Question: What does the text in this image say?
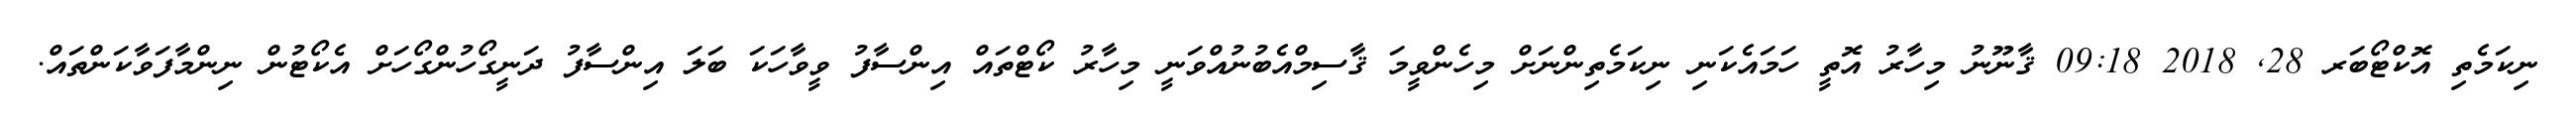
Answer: ނިކަމެތި އޮކްޓޯބަރ 28, 2018 09:18 ޤާނޫނު މިހާރު އޮތީ ހަމައެކަނި ނިކަމެތިންނަށް މިހެންވީމަ ޤާސިމްއެބުނުއްވަނީ މިހާރު ކޯޓްތައް އިންސާފު ވީވާހަކަ ބަލަ އިންސާފު ދަނީގޯހުންގޯހަށް އެކޯޓުން ނިންމާފަވާކަންތައް.